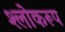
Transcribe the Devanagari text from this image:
श्लोकरूप